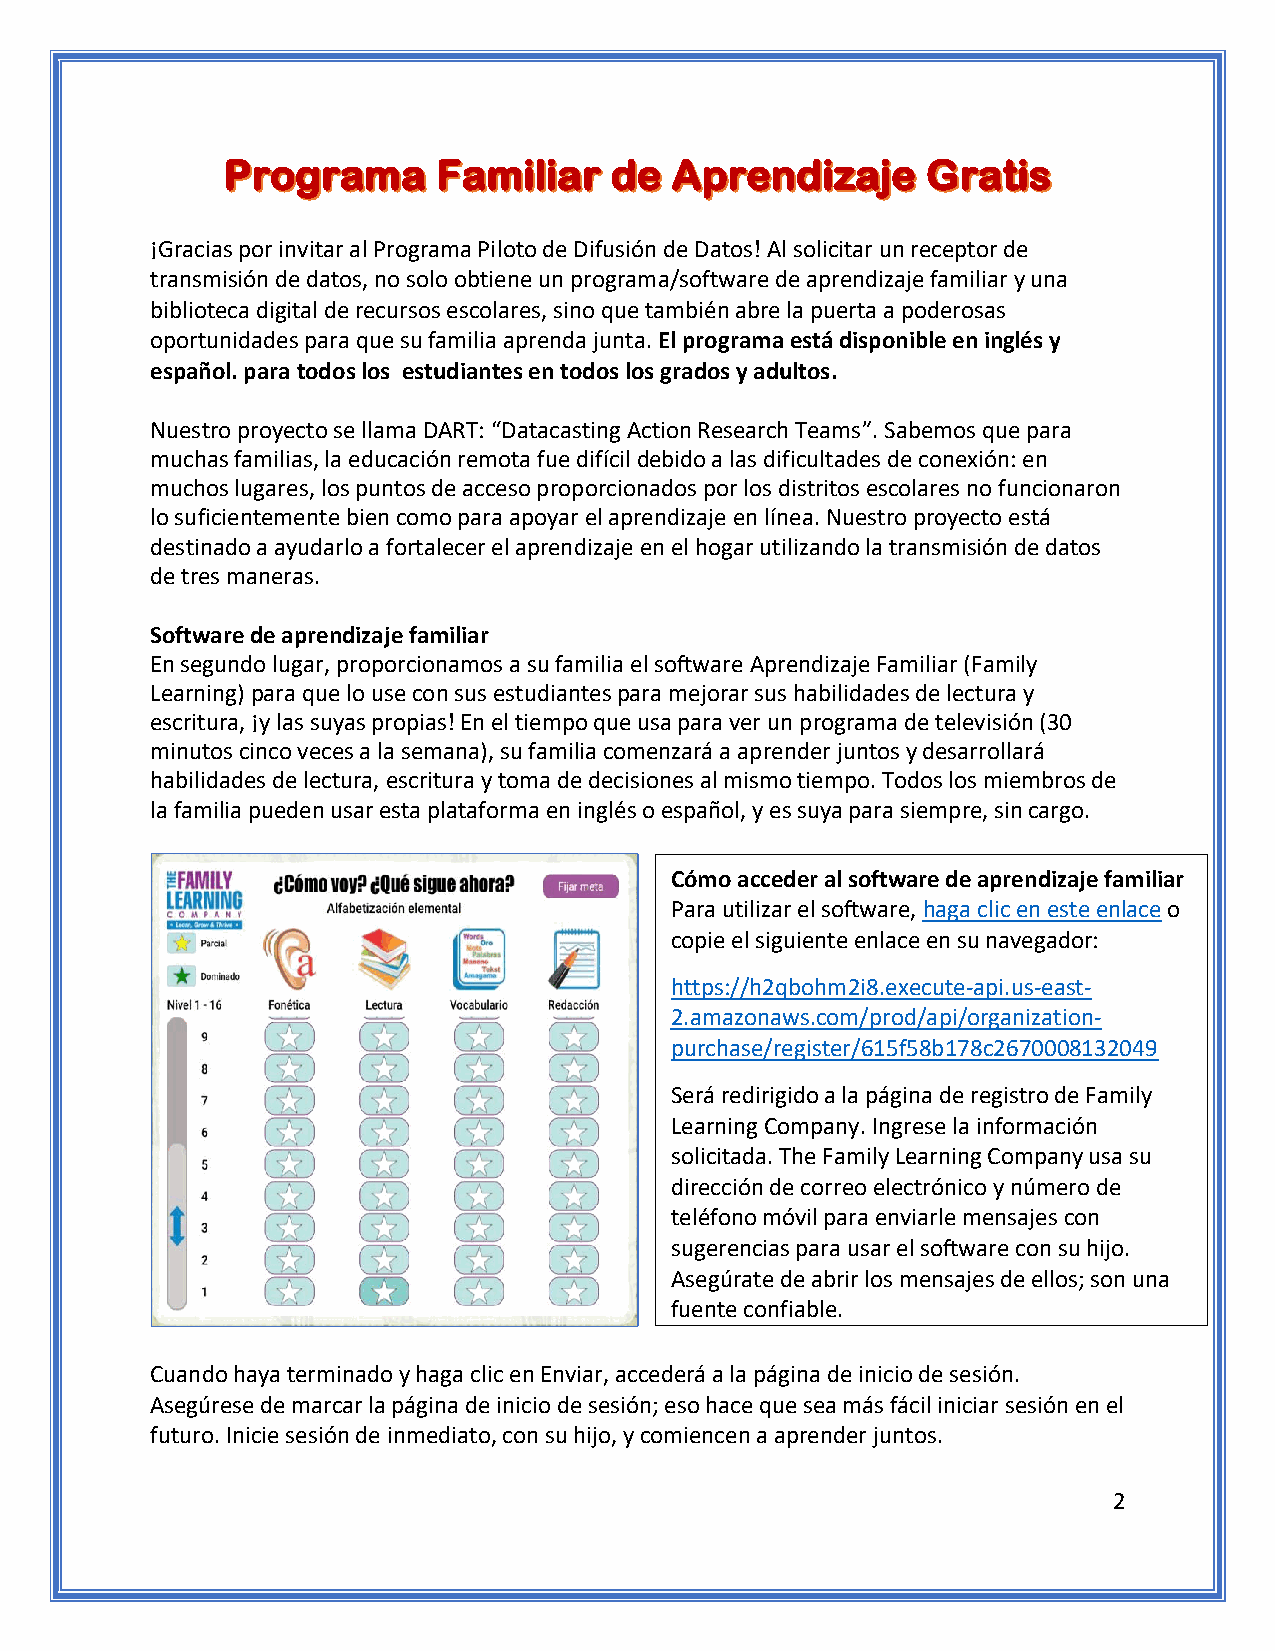
¡Gracias por invitar al Programa Piloto de Difusión de Datos! Al solicitar un receptor de
 transmisión de datos, no solo obtiene un programa/software de aprendizaje familiar y una
 biblioteca digital de recursos escolares, sino que también abre la puerta a poderosas
 oportunidades para que su familia aprenda junta. El programa está disponible en inglés y
 español. para todos los estudiantes en todos los grados y adultos.
 Nuestro proyecto se llama DART: “Datacasting Action Research Teams”. Sabemos que para
 muchas familias, la educación remota fue difícil debido a las dificultades de conexión: en
 muchos lugares, los puntos de acceso proporcionados por los distritos escolares no funcionaron
 lo suficientemente bien como para apoyar el aprendizaje en línea. Nuestro proyecto está
 destinado a ayudarlo a fortalecer el aprendizaje en el hogar utilizando la transmisión de datos
 de tres maneras.
 Software de aprendizaje familiar
 En segundo lugar, proporcionamos a su familia el software Aprendizaje Familiar (Family
 Learning) para que lo use con sus estudiantes para mejorar sus habilidades de lectura y
 escritura, ¡y las suyas propias! En el tiempo que usa para ver un programa de televisión (30
 minutos cinco veces a la semana), su familia comenzará a aprender juntos y desarrollará
 habilidades de lectura, escritura y toma de decisiones al mismo tiempo. Todos los miembros de
 la familia pueden usar esta plataforma en inglés o español, y es suya para siempre, sin cargo.
 Cómo acceder al software de aprendizaje familiar
 Para utilizar el software, haga clic en este enlace o
 copie el siguiente enlace en su navegador:
 https://h2qbohm2i8.execute-api.us-east-
 2.amazonaws.com/prod/api/organization-
 purchase/register/615f58b178c2670008132049
 Será redirigido a la página de registro de Family
 Learning Company. Ingrese la información
 solicitada. The Family Learning Company usa su
 dirección de correo electrónico y número de
 teléfono móvil para enviarle mensajes con
 sugerencias para usar el software con su hijo.
 Asegúrate de abrir los mensajes de ellos; son una
 fuente confiable.
 Cuando haya terminado y haga clic en Enviar, accedCeuráa nad loa pháagyain tae drme iinnaicdioo dye h saegsai ócnli.c en Enviar,
 Asegúrese de marcar la página de inicio de sesión; eascoc ehdaecerá q au ela speáag mináas d feá cinili icnioic idaer sseessiióónn. e Ans eegl úrese
 futuro. Inicie sesión de inmediato, con su hijo, y comdiee mncaernc aar alap rpeángdinear jduen tinoisc.i o de sesión; eso hace
 que sea más fácil iniciar sesión en el futuro. Inicie
 sesión de inmediato, con su hijo, y comiencen a
 2
 aprender juntos.